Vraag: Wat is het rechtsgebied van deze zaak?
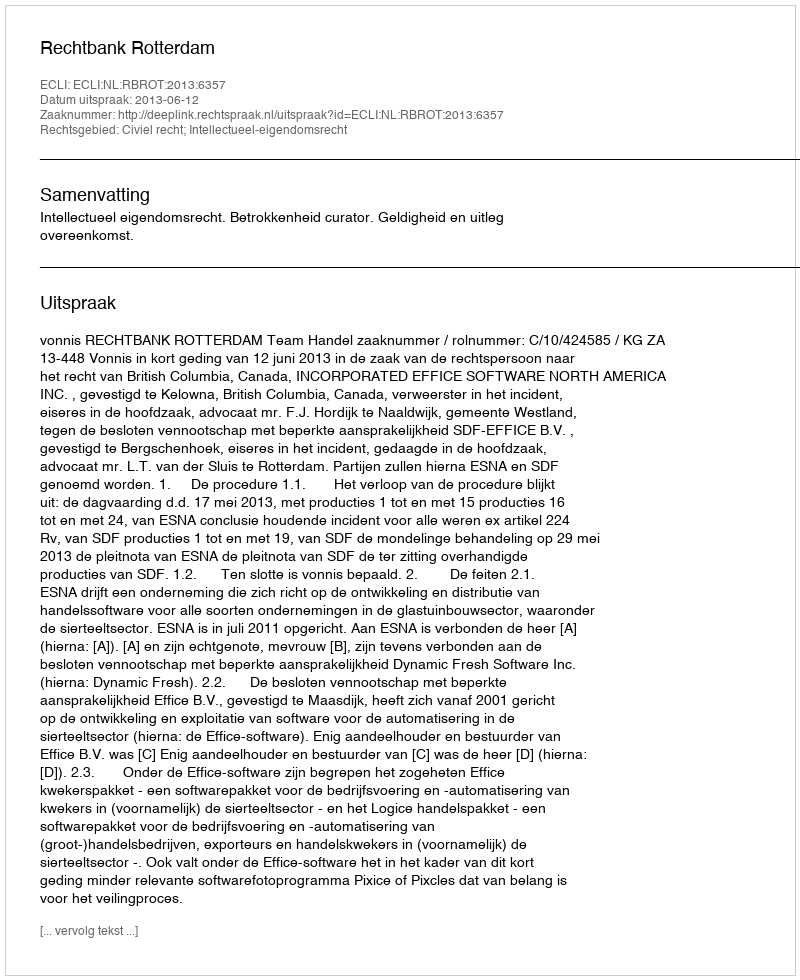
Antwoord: Civiel recht; Intellectueel-eigendomsrecht